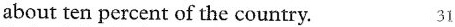
about ten percent of the country, 31